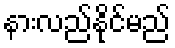
နားလည်နိုင်မည်